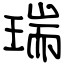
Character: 瑞